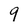
Character: 9